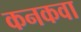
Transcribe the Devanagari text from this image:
कनकवा